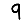
Digit: 9